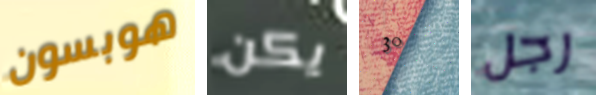
هوبسون يكن 30 رجل